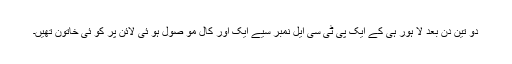
دو تین دن بعد لا ہور ہی کے ایک پی ٹی سی ایل نمبر سیے ایک اور کال مو صول ہو ئی لائن پر کو ئی خاتون تھیں۔